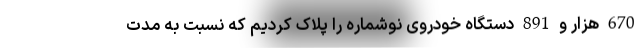
670 هزار و 891 دستگاه خودروی نوشماره را پلاک کردیم که نسبت به مدت